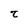
Character: t